Vaccination United Provinces of Agra and Oudh 1923-1928 - 1923-1928
Year: 1923
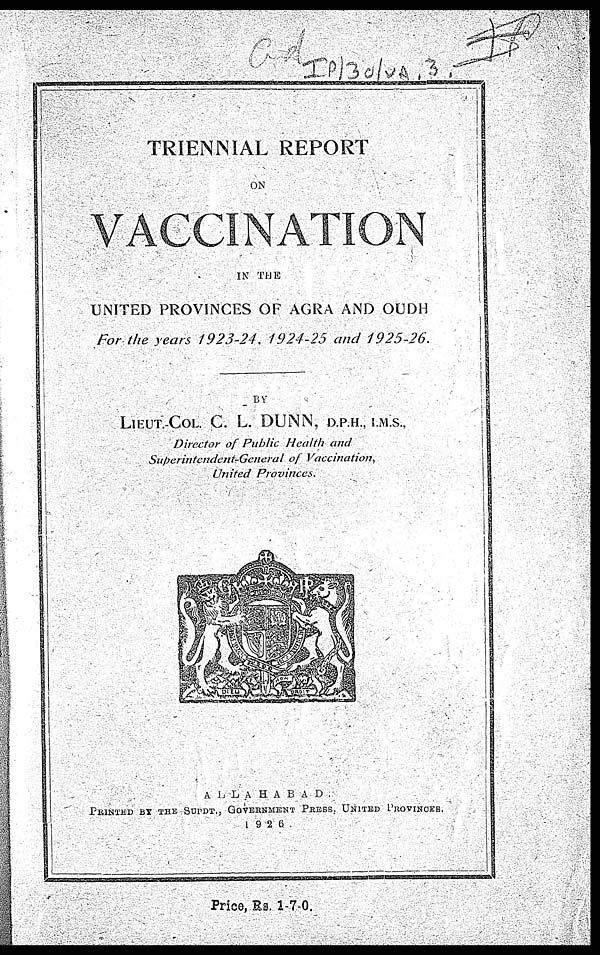
TRIENNIAL REPORT
ON
VACCINATION
IN THE
UNITED PROVINCES OF AGRA AND OUDH
For the years 1923-24. 1924-25 and 1925-26.
BY
LIEUT.-COL. C. L. DUNN, D.P.H., I.M.S.,
Director of Public Health and
Superintendent-General
of Vaccination,
United Provinces.
ALLAHABAD
PRINTED BY THE SUPDT., GOVERNMENT PRESS UNITED PROVINCES.
1926
Price, Rs. 1-7-0.